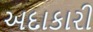
અદાકારી